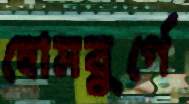
হোমবুর্গে